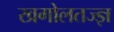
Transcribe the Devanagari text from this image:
खगोलतज्ज्ञ